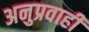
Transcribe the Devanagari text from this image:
अनुप्रवाही